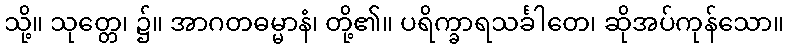
သို့။ သုတ္တေ၊ ၌။ အာဂတဓမ္မာနံ၊ တို့၏။ ပရိက္ခာရသင်္ခါတေ၊ ဆိုအပ်ကုန်သော။